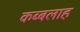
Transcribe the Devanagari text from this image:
कब्बलाह